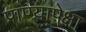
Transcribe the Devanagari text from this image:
प्राण्यापेक्षा